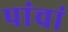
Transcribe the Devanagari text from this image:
पांचां